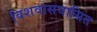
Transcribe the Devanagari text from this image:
विशवासघासित